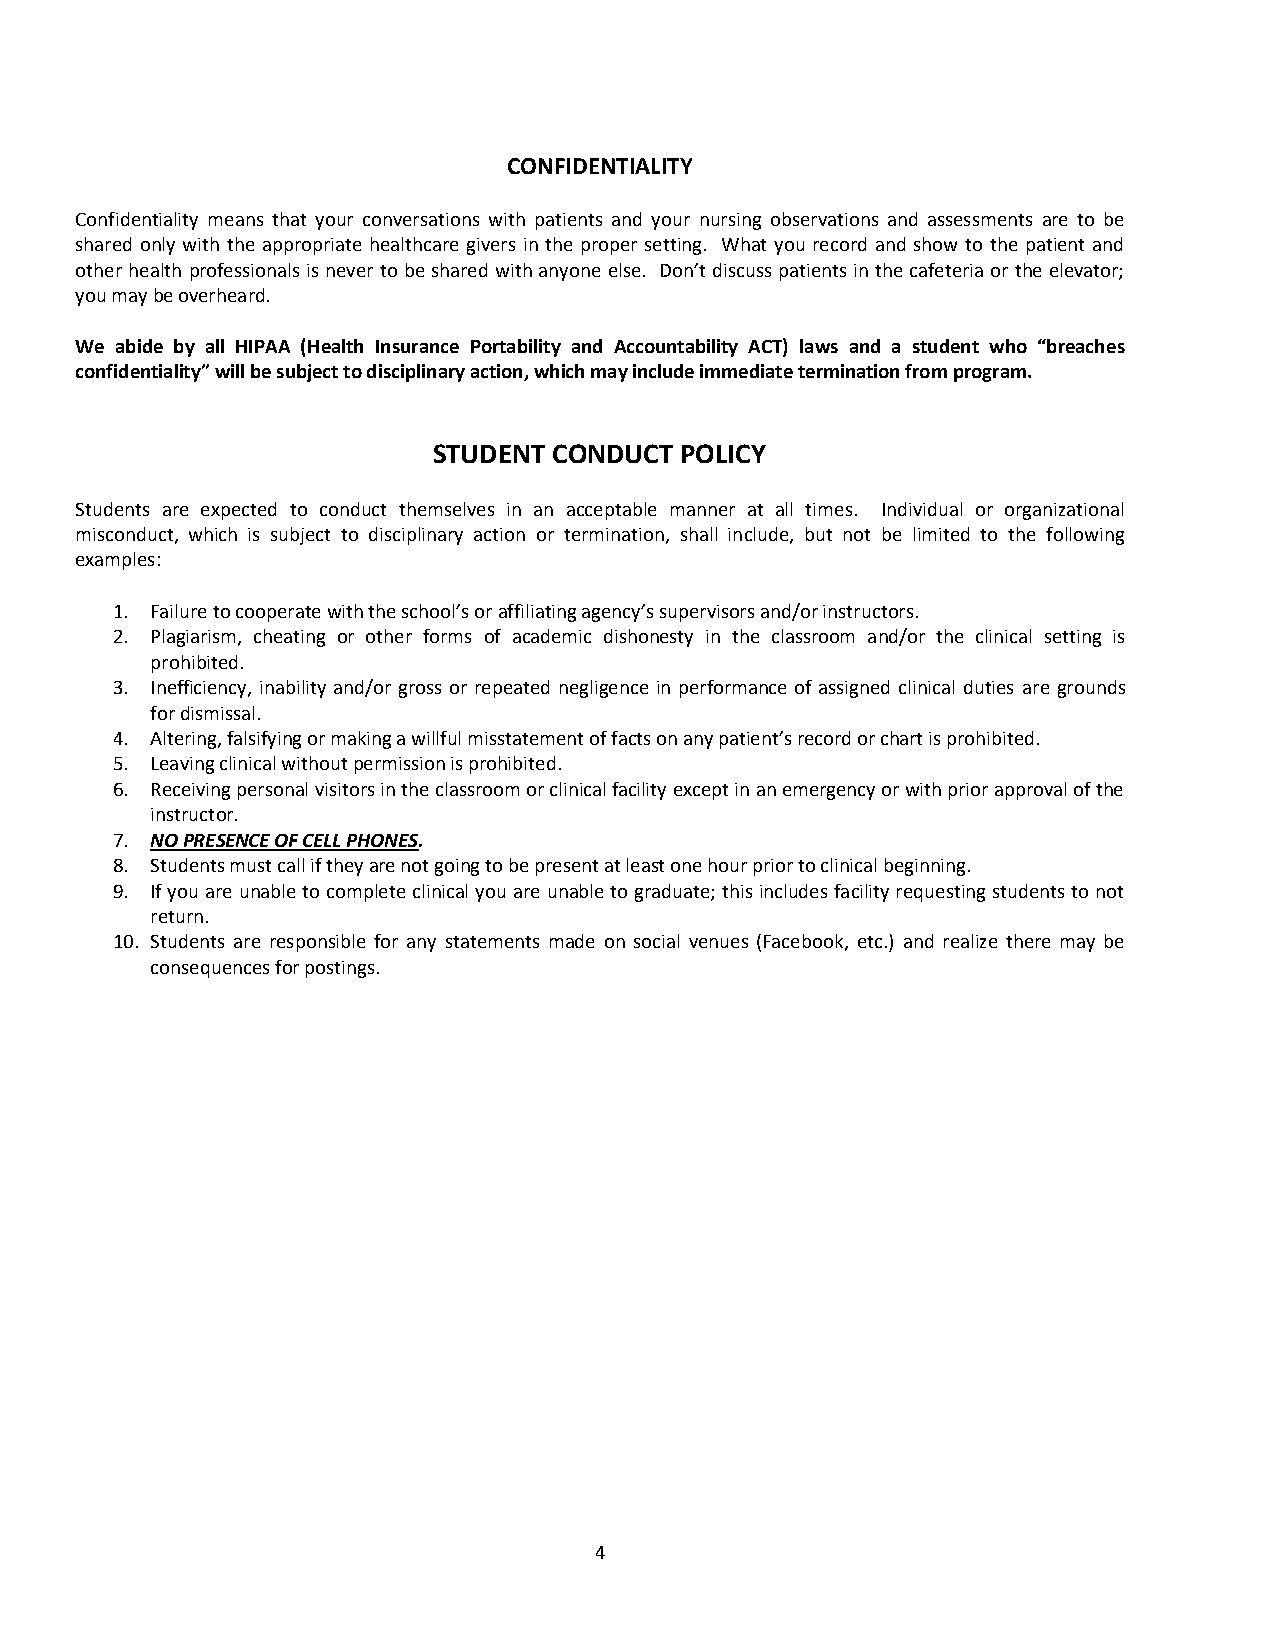
CONFIDENTIALITY
 Confidentiality means that your conversations with patients and your nursing observations and assessments are to be
 shared only with the appropriate healthcare givers in the proper setting. What you record and show to the patient and
 other health professionals is never to be shared with anyone else. Don’t discuss patients in the cafeteria or the elevator;
 you may be overheard.
 We abide by all HIPAA (Health Insurance Portability and Accountability ACT) laws and a student who “breaches
 confidentiality” will be subject to disciplinary action, which may include immediate termination from program.
 STUDENT CONDUCT POLICY
 Students are expected to conduct themselves in an acceptable manner at all times. Individual or organizational
 misconduct, which is subject to disciplinary action or termination, shall include, but not be limited to the following
 examples:
 1. Failure to cooperate with the school’s or affiliating agency’s supervisors and/or instructors.
 2. Plagiarism, cheating or other forms of academic dishonesty in the classroom and/or the clinical setting is
 prohibited.
 3. Inefficiency, inability and/or gross or repeated negligence in performance of assigned clinical duties are grounds
 for dismissal.
 4. Altering, falsifying or making a willful misstatement of facts on any patient’s record or chart is prohibited.
 5. Leaving clinical without permission is prohibited.
 6. Receiving personal visitors in the classroom or clinical facility except in an emergency or with prior approval of the
 instructor.
 7. NO PRESENCE OF CELL PHONES.
 8. Students must call if they are not going to be present at least one hour prior to clinical beginning.
 9. If you are unable to complete clinical you are unable to graduate; this includes facility requesting students to not
 return.
 10. Students are responsible for any statements made on social venues (Facebook, etc.) and realize there may be
 consequences for postings.
 4